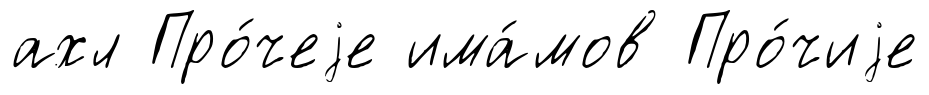
ахл Про́чеjе има́мов Про́чиjе